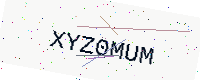
Text: XYZ0MUM